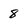
Character: 8